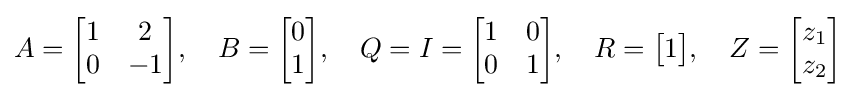
A={\begin{bmatrix}1&2\\0&-1\end{bmatrix}},\quad B={\begin{bmatrix}0\\1\end{bmatrix}},\quad Q=I={\begin{bmatrix}1&0\\0&1\end{bmatrix}},\quad R={\begin{bmatrix}1\end{bmatrix}},\quad Z={\begin{bmatrix}z_{1}\\z_{2}\end{bmatrix}}